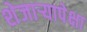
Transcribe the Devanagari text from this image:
शेजाऱ्यापेक्षा